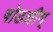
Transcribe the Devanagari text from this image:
षोडशीम्